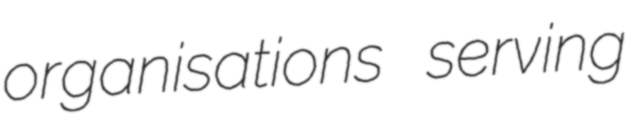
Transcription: organisations serving